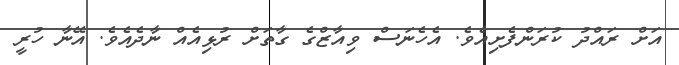
އަަށް ރައްދު ކުރަންފެށިއެވެ. އެހެނަސް ވިއާޒްްގެ ގާތަށް ރުޅިއެއް ނާދެއެވެ. އޭނާ ހުރީ